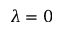
\lambda = 0